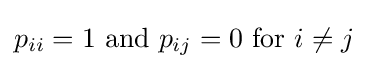
p_{ii}=1{\text{ and }}p_{ij}=0{\text{ for }}i\not =j